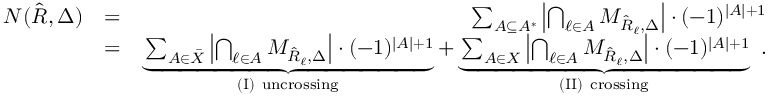
\begin{array} { r l r } { N ( \hat { \cal R } , \Delta ) } & { = } & { \sum _ { { \cal A } \subseteq { \cal A } ^ { * } } \left| \bigcap _ { \ell \in { \cal A } } { \cal M } _ { \hat { R } _ { \ell } , \Delta } \right| \cdot ( - 1 ) ^ { | { \cal A } | + 1 } } \\ & { = } & { \underbrace { \sum _ { { \cal A } \in \bar { \cal X } } \left| \bigcap _ { \ell \in { \cal A } } { \cal M } _ { \hat { R } _ { \ell } , \Delta } \right| \cdot ( - 1 ) ^ { | { \cal A } | + 1 } } _ { \mathrm { ( I ) ~ u n c r o s s i n g } } + \underbrace { \sum _ { { \cal A } \in { \cal X } } \left| \bigcap _ { \ell \in { \cal A } } { \cal M } _ { \hat { R } _ { \ell } , \Delta } \right| \cdot ( - 1 ) ^ { | { \cal A } | + 1 } } _ { \mathrm { ( I I ) ~ c r o s s i n g } } \ . } \end{array}